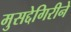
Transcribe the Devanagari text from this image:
मुसद्देगिरीने